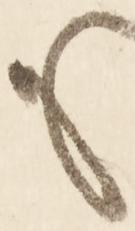
も